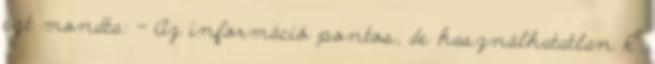
ezt mondta: - Az információ pontos, de használhatatlan R.